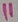
Text: 11